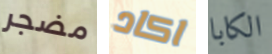
مضجر اكاد الكابا